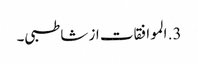
3. الموافقات از شاطبی۔